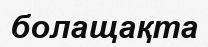
болащақта